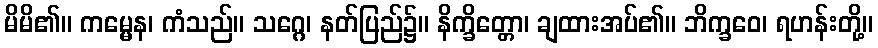
မိမိ၏။ ကမ္မေန၊ ကံသည်။ သဂ္ဂေ၊ နတ်ပြည်၌။ နိက္ခိတ္တော၊ ချထားအပ်၏။ ဘိက္ခဝေ၊ ရဟန်းတို့။